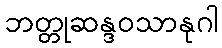
ဘတ္တုဆန္ဒဝသာနုဂါ